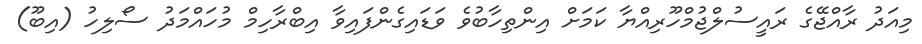
މިއަދު ރާއްޖޭގެ ރައީސުލްޖުމްހޫރިއްޔާ ކަމަށް އިންތިހާބުވެ ވަޑައިގެންފައިވާ އިބްރާހިމް މުހައްމަދު ސޯލިހު (އިބޫ)